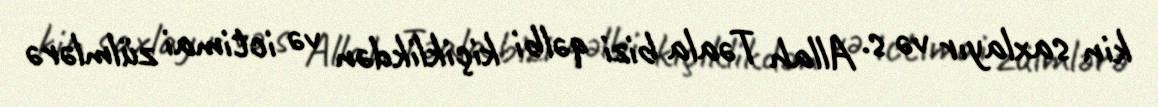
kin saxlayır və s. Allah Təala bizi qəlbi kiçiklikdən və ictimai zülmlərə